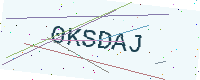
Text: 0KSDAJ